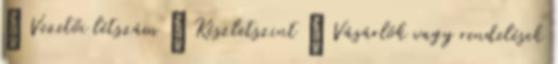
◦ Vezetői létszám ◦ Készletszint ◦ Vásárlók vagy rendelések